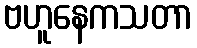
ဗဟူနေကသတာ